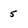
Character: 5